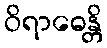
ဝိရာဓေန္တိ